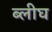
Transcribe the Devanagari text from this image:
ब्लीघ